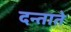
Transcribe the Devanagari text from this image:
दन्ताते